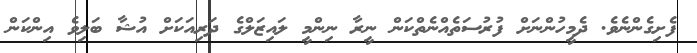
ފެށިގެންނެވެ. ދެމީހުންނަށް ފުރުސަތެއްނެތްކަން ނީރާ ނިންމީ ލައިޒަލްގެ ދަރިއަކަށް އުޝާ ބަލިވެ އިންކަން